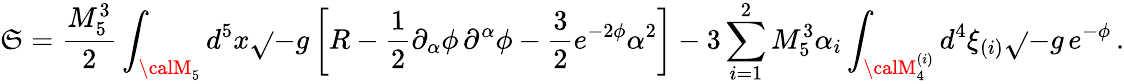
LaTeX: \mathfrak{S}=\frac{{M_{5}^{3}}}{{2}}\int_{{\calM}_{5}}d^{5}x\sqrt{}{{-g}}\left[R-\frac{{1}}{{2}}\partial_{\alpha}\phi\, \partial^{\alpha}\phi-\frac{{3}}{{2}}e^{-2\phi}\alpha^{2}\right]-3\sum_{i=1}^{2}M_{5}^{3}\alpha_{i}\int_{{\calM}_{4}^{(i)}}d^{4}\xi_{(i)}\sqrt{}{{-g}}\, e^{-\phi}\, .